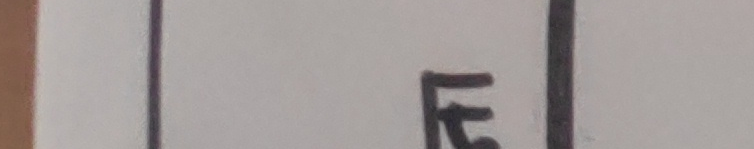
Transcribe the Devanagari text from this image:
हे